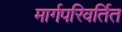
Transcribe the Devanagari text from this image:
मार्गपरिवर्तित